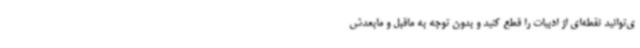
ی‌توانید نقطه‌ای از ادبیات را قطع کنید و بدون توجه به ماقبل و مابعدش